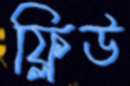
ফ্লিউ